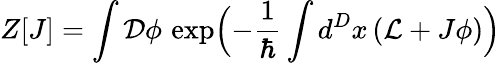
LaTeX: Z[J]=\int{\cal D}\phi\, \exp\Bigl(-\frac{1}{\hbar}\int d^{D}x\, ({\cal L}+J\phi)\Bigr)